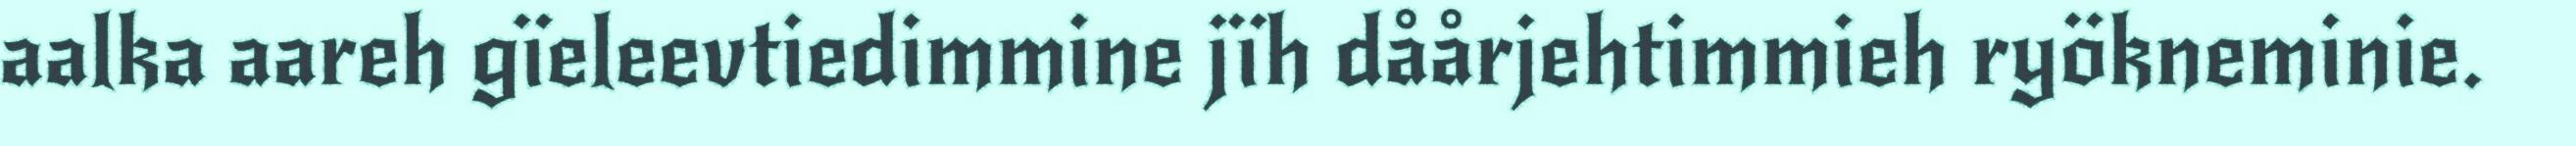
aalka aareh gïeleevtiedimmine jïh dåårjehtimmieh ryökneminie.